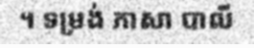
។ ទម្រង់ ភាសា បាលី